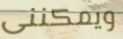
ويمكننى